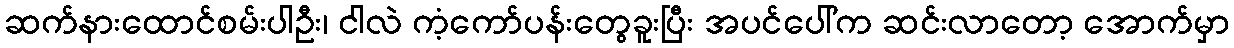
ဆက်နားထောင်စမ်းပါဦး၊ ငါလဲ ကံ့ကော်ပန်းတွေခူးပြီး အပင်ပေါ်က ဆင်းလာတော့ အောက်မှာ